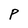
Character: P